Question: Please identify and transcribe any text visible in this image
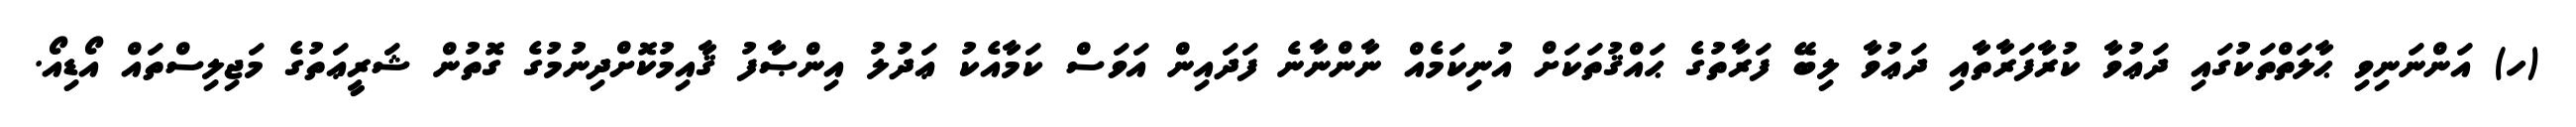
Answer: (ހ) އަންނަނިވި ޙާލަތްތަކުގައި ދަޢުވާ ކުރާފަރާތާއި ދަޢުވާ ލިބޭ ފަރާތުގެ ޙައްޤުތަކަށް އުނިކަމެއް ނާންނާނެ ފަދައިން އަވަސް ކަމާއެކު ޢަދުލު އިންޞާފު ޤާއިމުކޮށްދިނުމުގެ ގޮތުން ޝަރީޢަތުގެ މަޖިލިސްތައް އޯޑިއޯ.